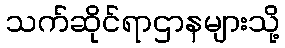
သက်ဆိုင်ရာဌာနများသို့